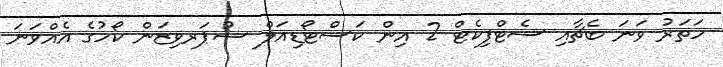
ހަތަރު ވަނަ ބެޗާއި ސެޓްފިކެޓް 2 އިން ކަސްޓޯޑިއަލް ސުޕަރވިޒަން ކޯހުގެ އެއްވަނަ